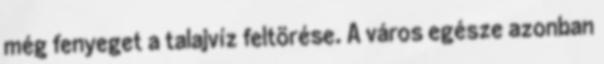
még fenyeget a talajvíz feltörése. A város egésze azonban